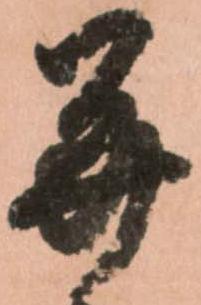
并